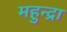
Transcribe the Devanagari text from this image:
महुन्द्रा